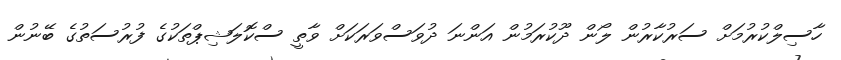
ހާސިލްކުރުމަށް ސަރުކާރުން ލޯން ދޫކުރަމުން އަންނަ ދުވަސްވަރަކަށް ވާތީ ސްކޮލަޝިޕްތަކުގެ ފުރުސަތުގެ ބޭނުން